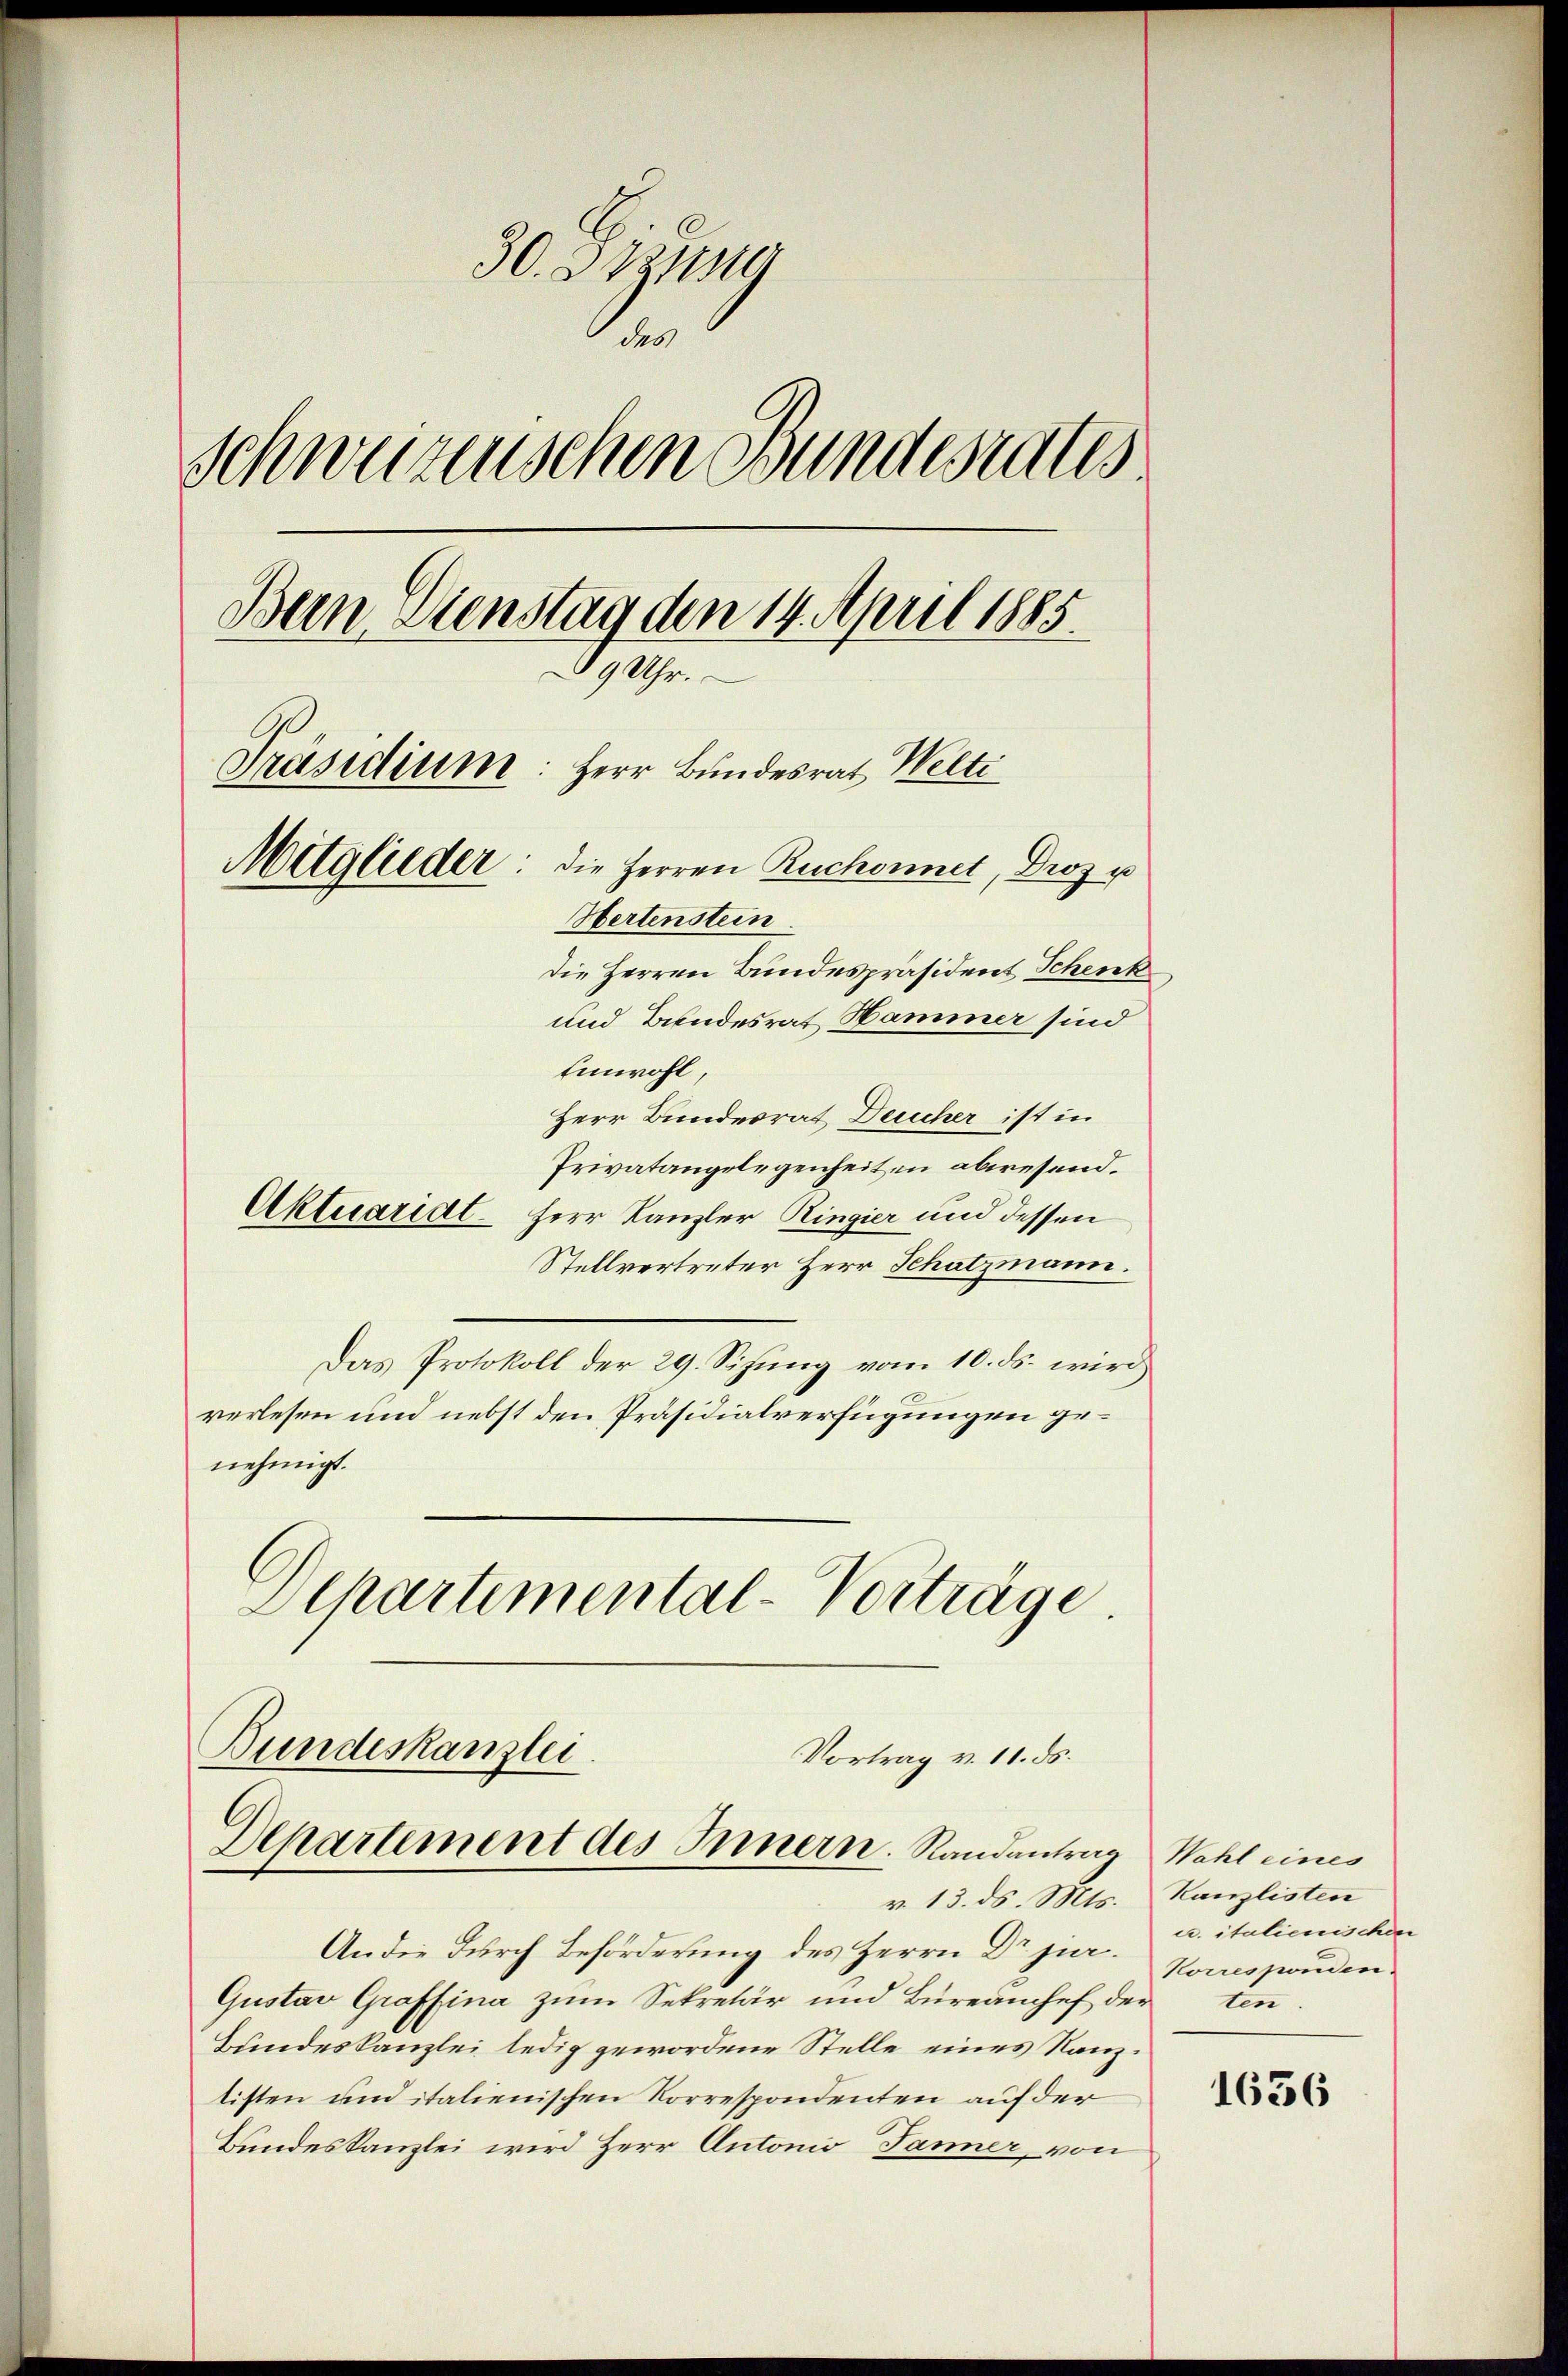
30. Stund
des
Schweizenschen Bundesrates
Bein Dienstag den 14. April 1885.
9 Uhr.
Präsidium: Herr Bundesrat Welti
Mitglieder: die Herren Ruchonnet, Droz u
Hertenstein.
die Herren Bundespräsident Schenk
und Bundesrat Hammer sind
Einwohl
Herr Bundesrat Deucher ist in

Privatangelegenheiten abwesend.
Herr Kanzler Ringier und dessen
Stellvertreter Herr Schatzmann.
Das Protokoll der 29. Sitzŭng vom 10. ds. wird
verlesen und nebst den Präsidialverfügungen genehmigt.
Departemental-Vorträge.

Aktuariat

v. 13. ds. Mts.
An die durch Beförderung des Herrn Dr jur. Vorresponden.
Gustav Graffina zum Sekretär und Büreamhef der
Bundeskanzlei ledig gewordene Stelle eines Kanztisten und italienischen Korrespondenten auf der
Bundeskanzlei wird Herr Antonio, Jänner, von

Bundeskanzlei.
Vortrag v. 11. ds.
Departement des Innern. Randantrag Wahl eines

Kanzlisten
a. italienischen
ten.

1636